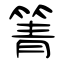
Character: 箐